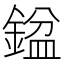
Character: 𨩣